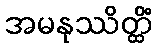
အမနုဿိတ္ထိံ